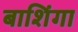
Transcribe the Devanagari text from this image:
बाशिंगा